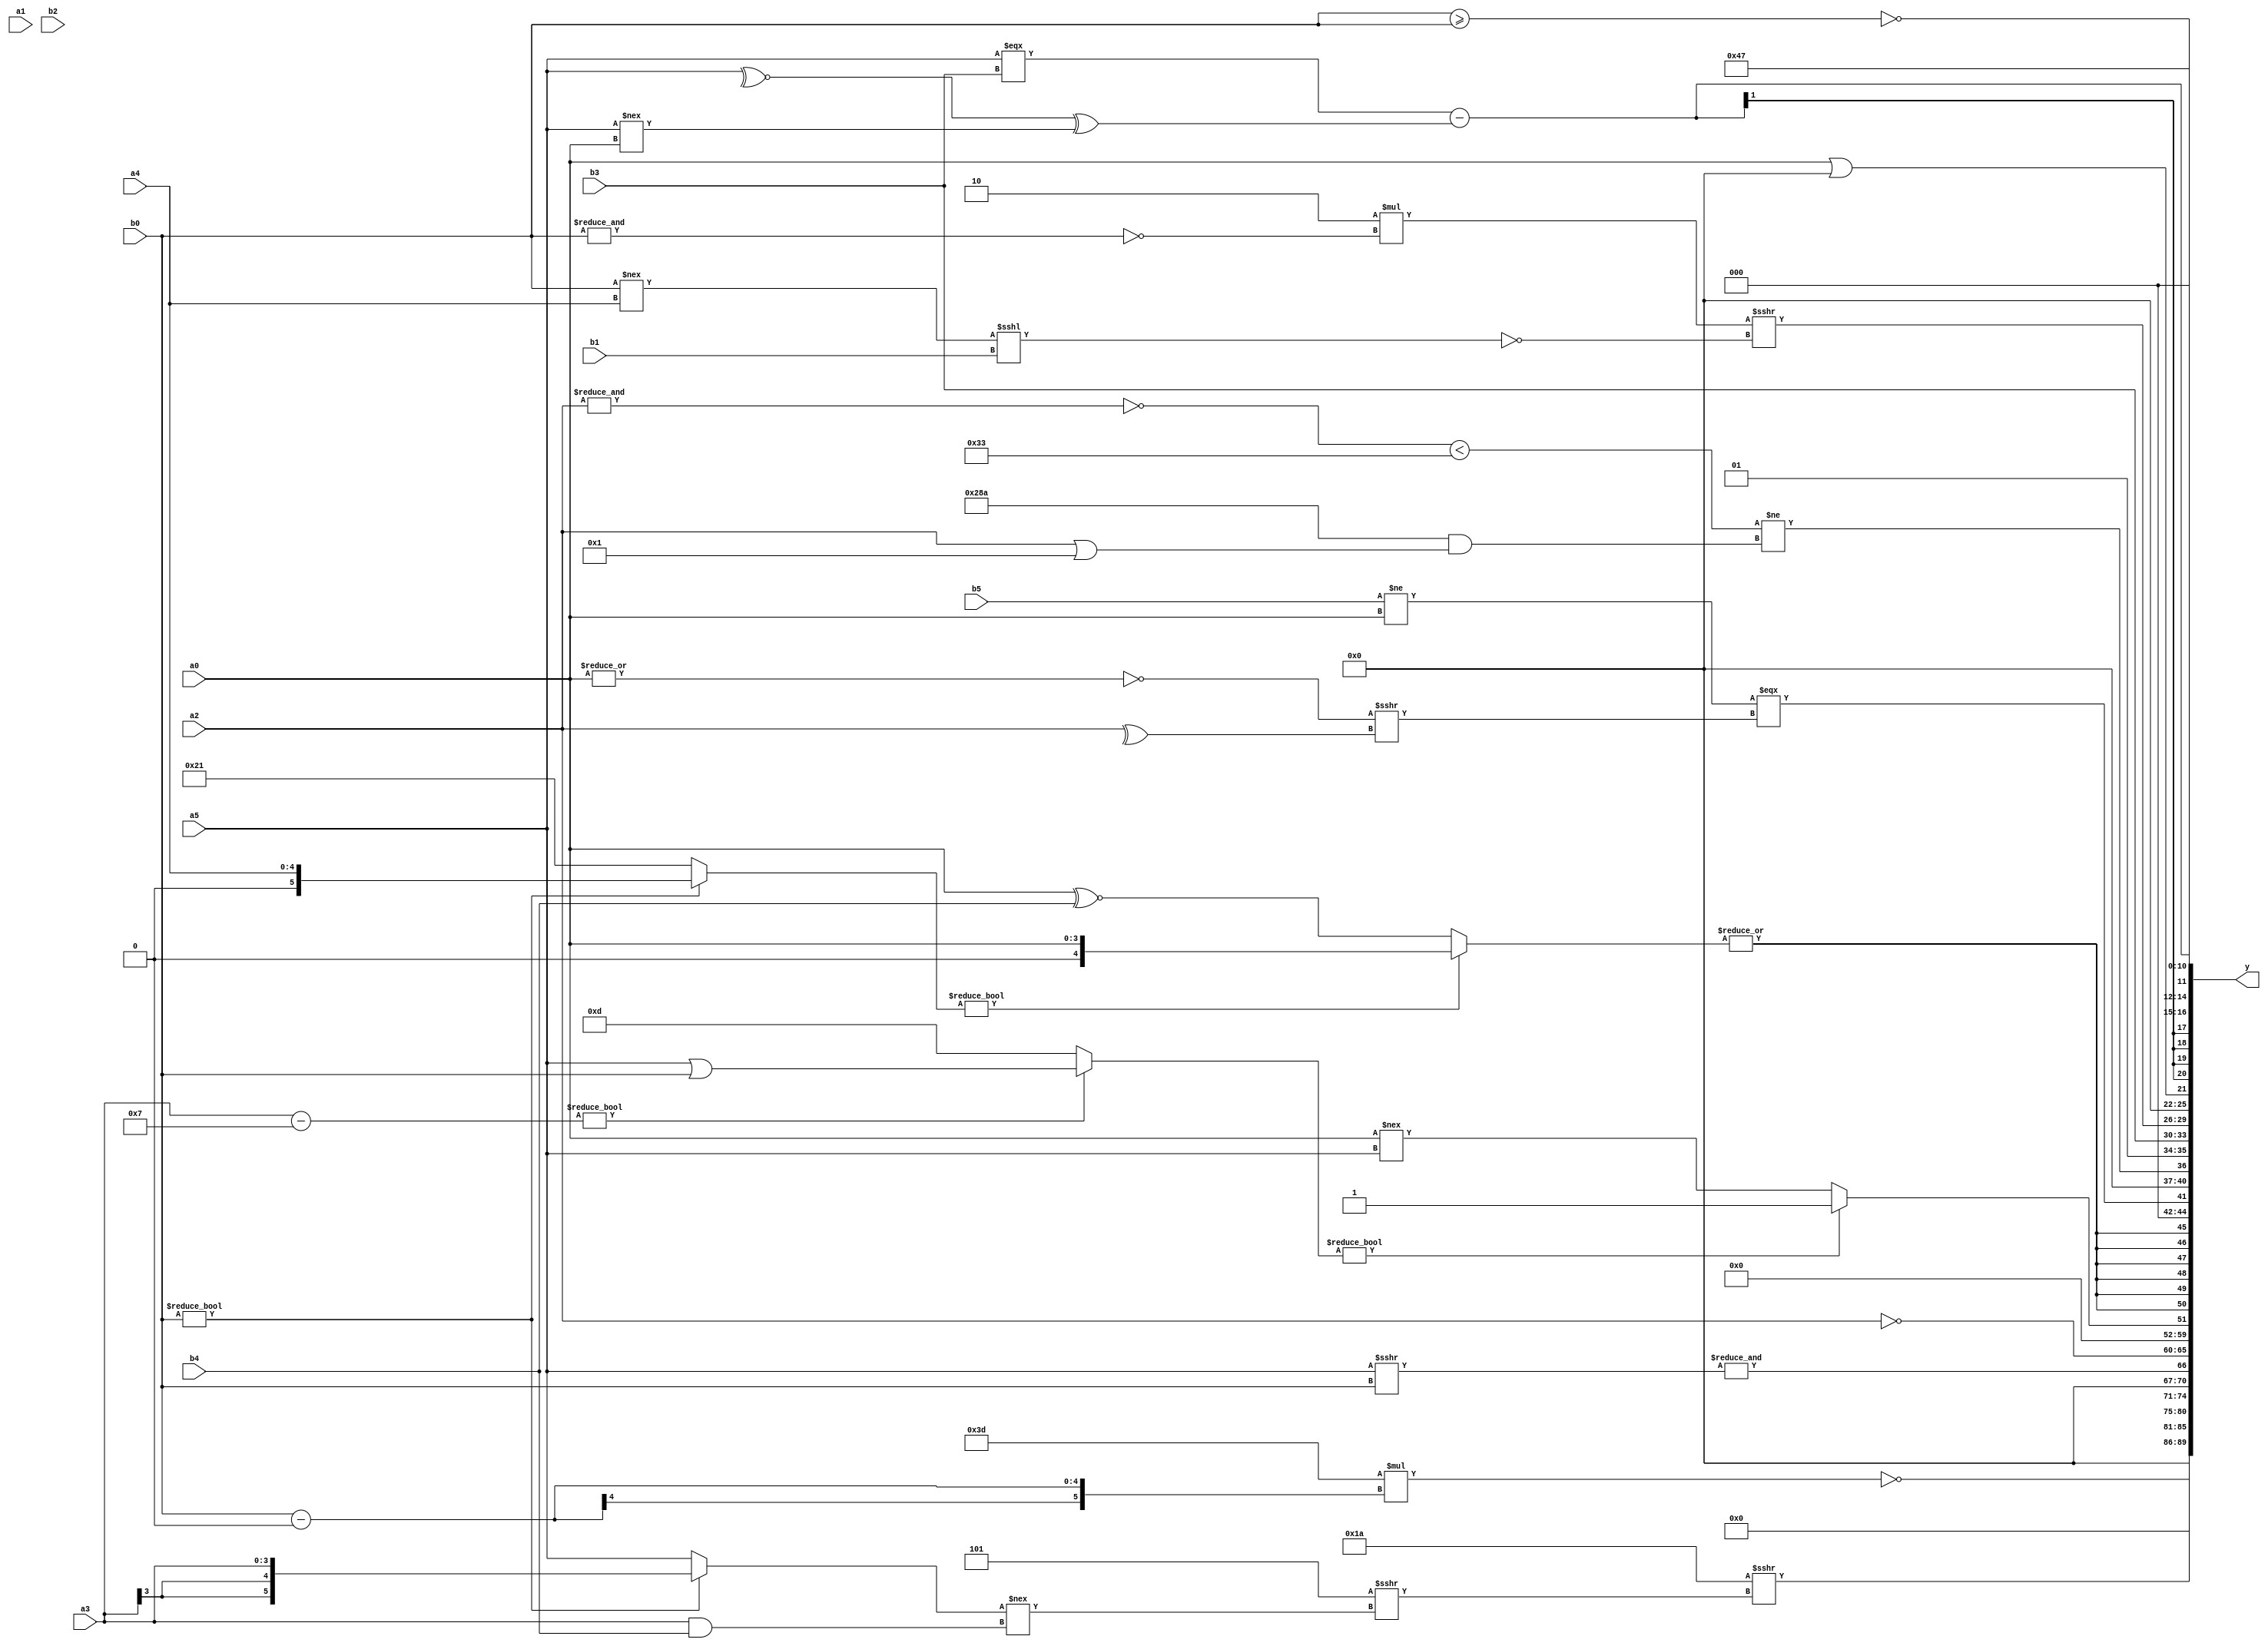
module expression_00042(a0, a1, a2, a3, a4, a5, b0, b1, b2, b3, b4, b5, y);
  input [3:0] a0;
  input [4:0] a1;
  input [5:0] a2;
  input signed [3:0] a3;
  input signed [4:0] a4;
  input signed [5:0] a5;

  input [3:0] b0;
  input [4:0] b1;
  input [5:0] b2;
  input signed [3:0] b3;
  input signed [4:0] b4;
  input signed [5:0] b5;

  wire [3:0] y0;
  wire [4:0] y1;
  wire [5:0] y2;
  wire signed [3:0] y3;
  wire signed [4:0] y4;
  wire signed [5:0] y5;
  wire [3:0] y6;
  wire [4:0] y7;
  wire [5:0] y8;
  wire signed [3:0] y9;
  wire signed [4:0] y10;
  wire signed [5:0] y11;
  wire [3:0] y12;
  wire [4:0] y13;
  wire [5:0] y14;
  wire signed [3:0] y15;
  wire signed [4:0] y16;
  wire signed [5:0] y17;

  output [89:0] y;
  assign y = {y0,y1,y2,y3,y4,y5,y6,y7,y8,y9,y10,y11,y12,y13,y14,y15,y16,y17};

  localparam [3:0] p0 = (({(2'd0)}<=((-4'sd0)>>(3'd3)))===({(4'sd6),(4'd1)}<((2'd1)+(-4'sd3))));
  localparam [4:0] p1 = (~&((&(|(^(2'd0))))<<<(5'd31)));
  localparam [5:0] p2 = {((3'd1)==(4'd2))};
  localparam signed [3:0] p3 = (&(+(5'd27)));
  localparam signed [4:0] p4 = (5'd7);
  localparam signed [5:0] p5 = (((2'sd1)^(3'd3))===((-4'sd3)^(4'sd5)));
  localparam [3:0] p6 = {3{(((4'd11)?(-5'sd0):(2'd1))?((2'd3)!=(-5'sd6)):(!(-2'sd1)))}};
  localparam [4:0] p7 = (4'sd0);
  localparam [5:0] p8 = {((~^(2'd3))>=(~^(3'sd0))),(~&{(~|(-4'sd6))}),{{(5'd8),(2'sd1),(2'd0)}}};
  localparam signed [3:0] p9 = (({2{(2'd3)}}?(~&(4'sd4)):{1{(-5'sd1)}})?{2{{3{(-3'sd3)}}}}:{2{{4{(-4'sd5)}}}});
  localparam signed [4:0] p10 = (~^((4'sd6)?(-4'sd1):(2'sd0)));
  localparam signed [5:0] p11 = (5'd1);
  localparam [3:0] p12 = ((((-5'sd12)==(4'd2))^~((3'sd3)&(5'd30)))?((5'sd11)?(4'sd7):(4'd7)):((-2'sd0)?(2'sd1):(-4'sd6)));
  localparam [4:0] p13 = {{(3'sd1),(2'd3)},{(4'd13),(4'd5),(-2'sd0)}};
  localparam [5:0] p14 = {3{{{(5'sd0),(3'd0)},{(5'sd15),(3'd7),(5'd1)}}}};
  localparam signed [3:0] p15 = (({(5'sd8),(4'd2),(-4'sd3)}^((4'sd4)<<<(-2'sd1)))>>>{2{((4'd3)&&(2'sd1))}});
  localparam signed [4:0] p16 = (5'd21);
  localparam signed [5:0] p17 = {(4'sd7),{{(4'd6),(5'd15)},((-2'sd0)&(5'd21))},(4'd10)};

  assign y0 = (+((~&(p12!=p3))&((|p11)<=(5'd2 * p2))));
  assign y1 = (~(+((-3'sd3)*(b0-p2))));
  assign y2 = (-3'sd0);
  assign y3 = (((5'd26)/p0)>>>((3'd5)>>>((b0?a3:a5)!==(a3&b4))));
  assign y4 = (&(a5>>>b0));
  assign y5 = (~{3{{1{{4{a2}}}}}});
  assign y6 = (5'd0);
  assign y7 = (((a3-p4)?(a5|b0):(5'sd13))?((-2'sd1)>(p10?p2:a5)):((2'd3)?(a0!==a5):(a1/p4)));
  assign y8 = $signed((!{(~|((b0?a4:p14)?$unsigned(a0):(a0^~b4)))}));
  assign y9 = ((|(b5!=a0))===((~|a0)>>>(^a2)));
  assign y10 = (((~&{3{a2}})<(p9^~p11))!=({2{p17}}&&(a2||p11)));
  assign y11 = {p11,b3};
  assign y12 = ((6'd2 * (~&(&b0)))>>>(~^((b0!==a4)<<<(b1))));
  assign y13 = (a0||p6);
  assign y14 = (({p6,b2,p17}?(a5===b3):(p3<<b1))-((~^{a5})^(a5!==a0)));
  assign y15 = (~&(-$unsigned((b0>=b0))));
  assign y16 = {4{p10}};
  assign y17 = {1{{1{p4}}}};
endmodule